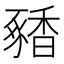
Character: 𬳝